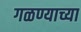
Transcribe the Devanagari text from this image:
गळण्याच्या